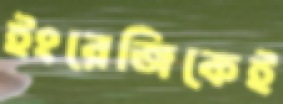
ইংরেজিকেই